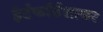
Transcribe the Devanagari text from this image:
हेर्टफाॅर्डशायर